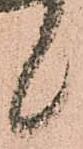
候